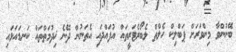
ބޭނުންވާ މިންވަރަށް ޕަބްލިކް ހެލްތް ލެބޯރެޓަރީތައް އުފައްދައި އެތަނުން ދޭނެ ޚިދުމަތްތައް ކަނޑައަޅައި